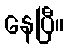
နေပြီ။